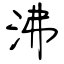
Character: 沸